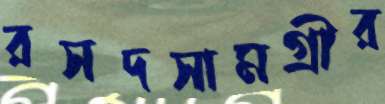
রসদসামগ্রীর